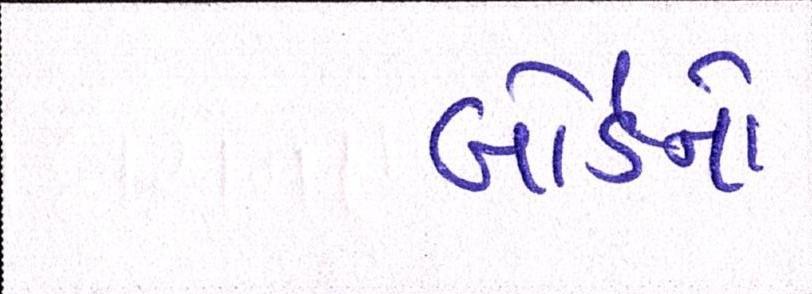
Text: બોર્ડનો